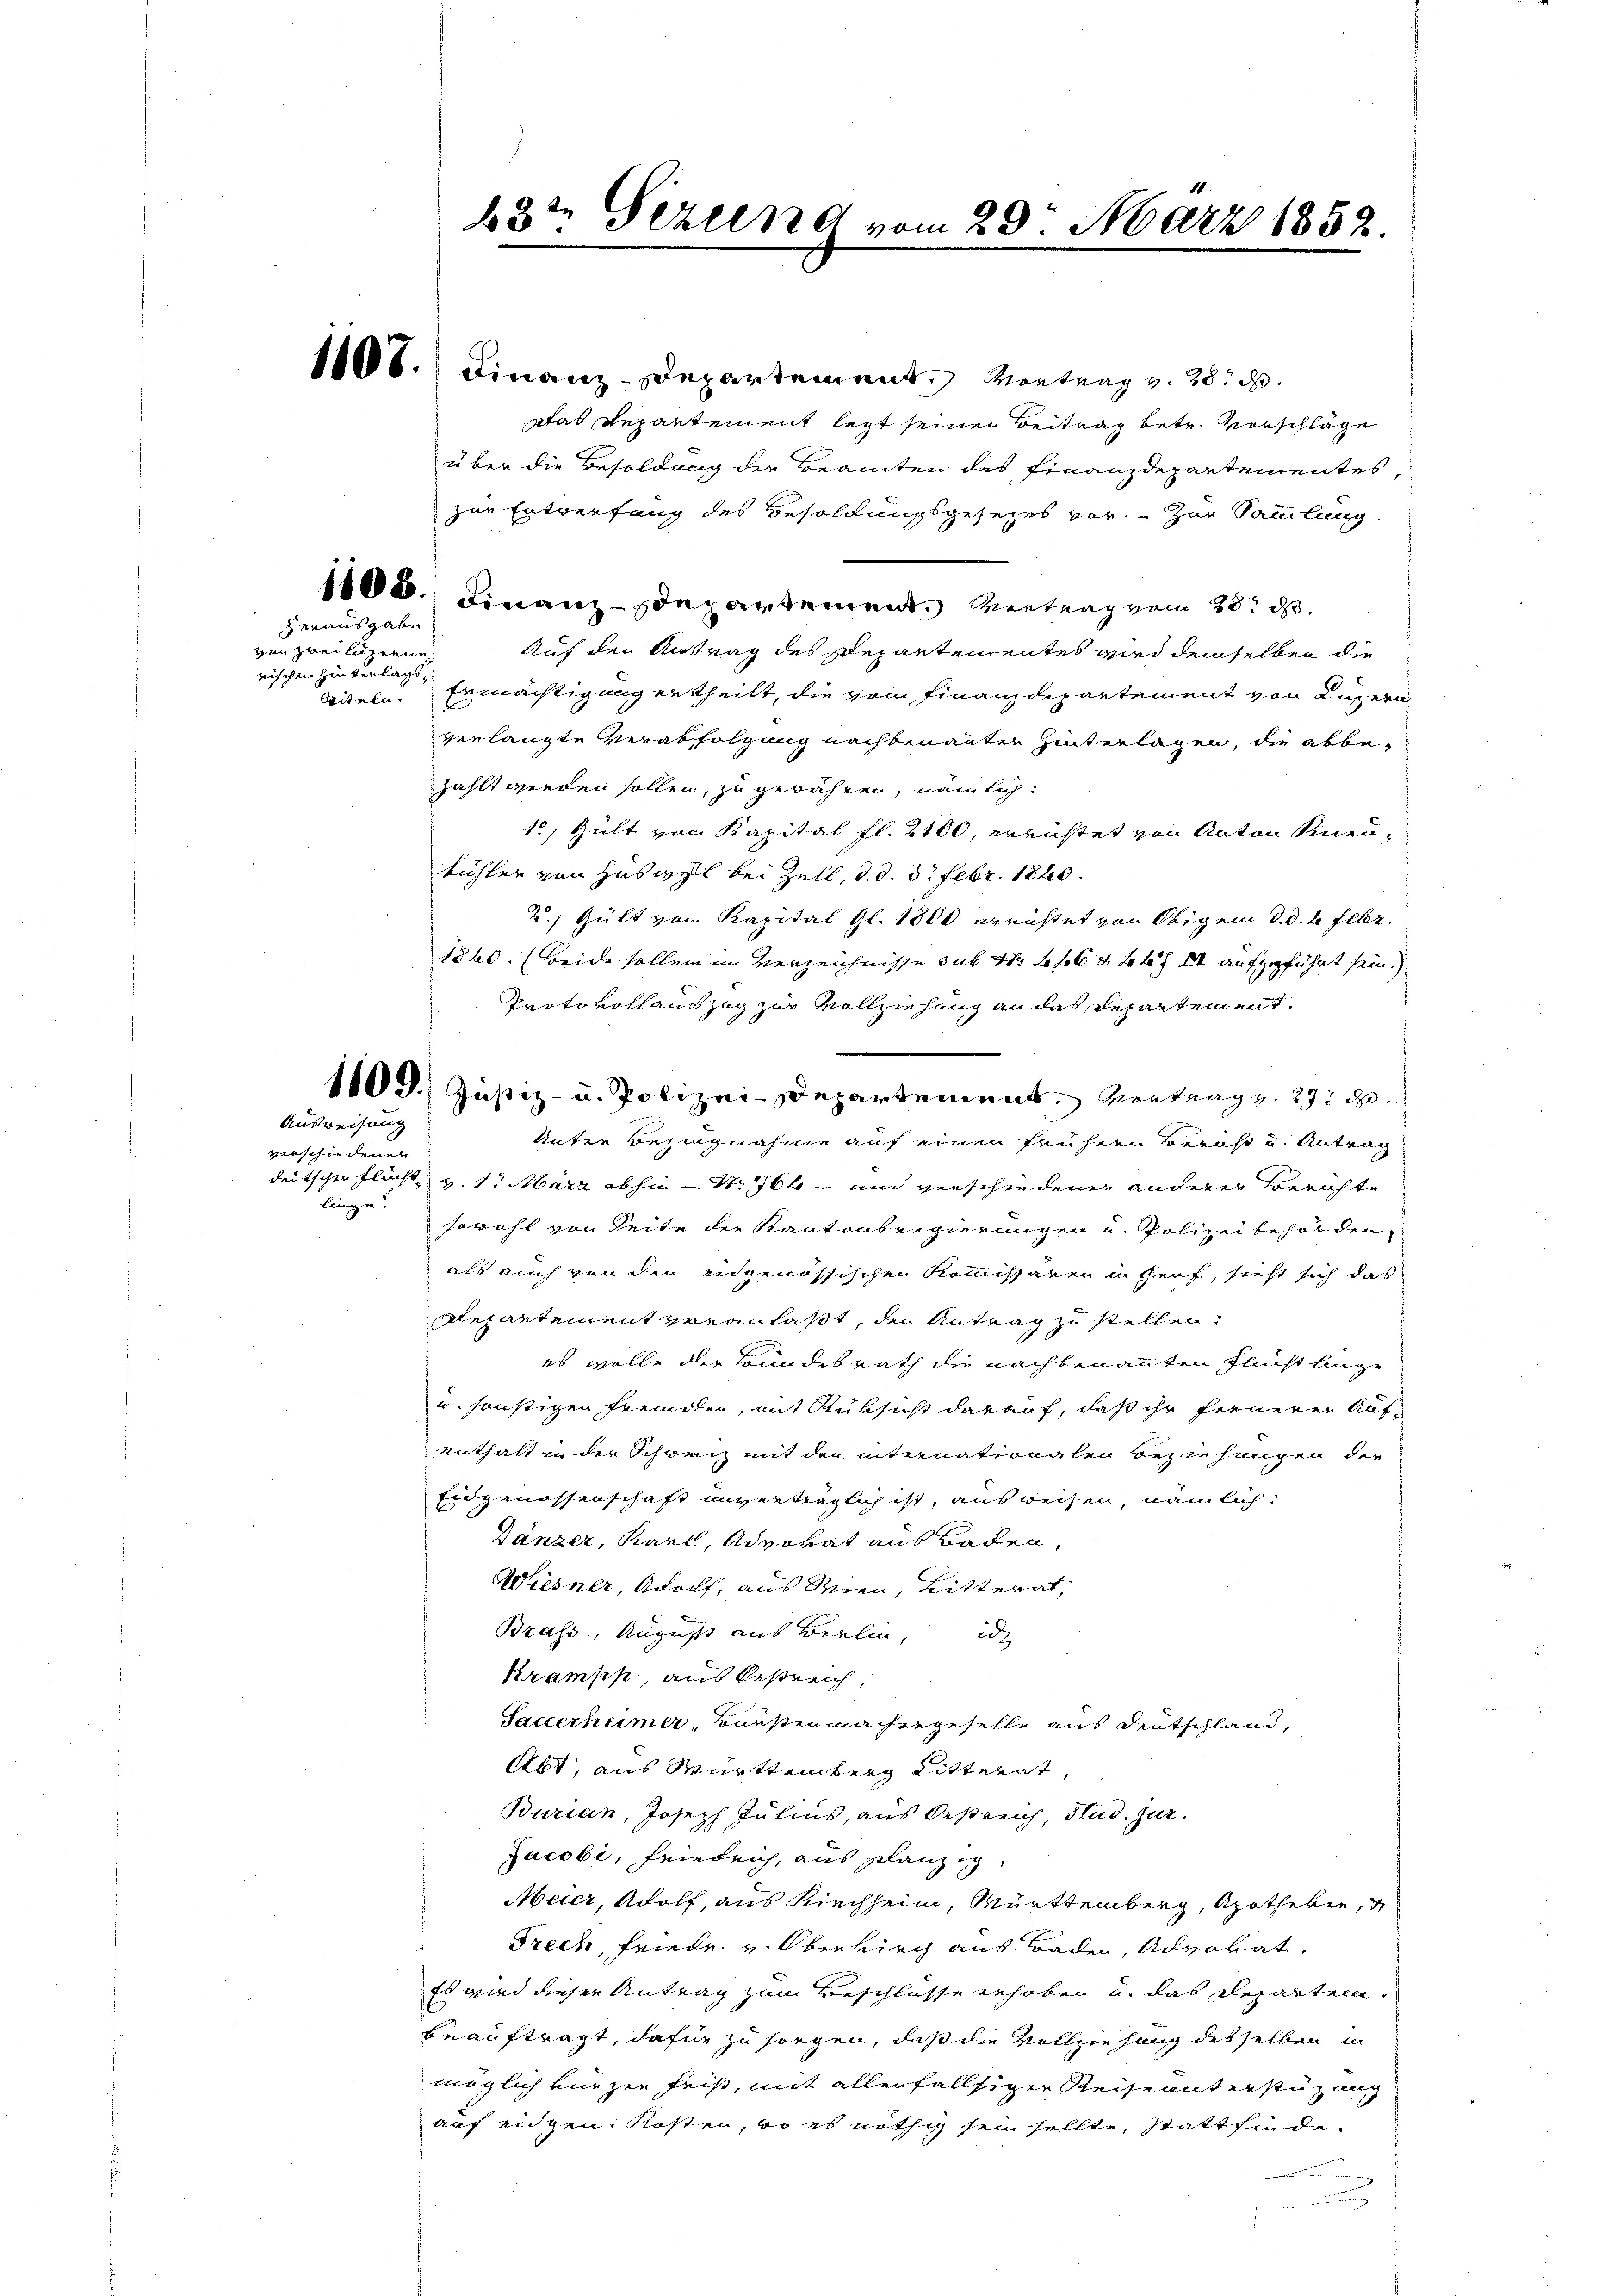
Herausgabe
von zwei Luzerne
rischen Hinterlags¬

Ausweisung
verschiedenen
lingen?

1108.) Finanz-Departement. Vortrag v. 28. d.
stab Repartement legt seinen Beitrag betr. Vorschläge
über die Besoldung der Beamten des Finanzdepartementes,
zur Entverfang des Besoldungsgesezes vor. Zur Sammlung
1100.) Finanz-Departement. Vertrag vom 28t d.
Auf den Antrag des Departementes wird demselben die
Stiteln. Ermächtigung ertheilt, die vom Finanzdepartement von Luzern
verlangte Verabfolgung nachbenannten Hinterlagen, die abbe-
zählt werden sollen, zu gewähren, nämlich:
1, Gült von Kapital fl. 2100, errichtet von Anton Sinnentühler von Huswyl bei Zell, d. d. 3. Febr. 1820.
2. Gült vom Kapital Gl. 1800 erristet von Obigen d. d. 6 febr.
1860. Beide sollen im Verzeichnisse sub N. 266 & 247 II aufgeführt sein.)
Protokoll auszug zur Vollziehung an das Departement.
Unter Bezugnahme auf einen frühern Beruht und Antrag
deutschen Flücht, v. 1. März abhin — S. 76 und verschiedenen anderer Berichte
sowohl von Seite der Kantonsregierungen u. Polizei behörden,
als auch von den eidgenössischen Kommissären in Graf, sieht sich das
Departement veranlaßt, den Antrag zu stellen.
es wolle der Bundesrath die nachbenannten Flucht linge
u. sonstigen fremden, mit Rüksicht darauf, daß ihr fernerer Aufenthalt in der Schweiz mit der internationalen Beziehungen der
Eidgenossenschaft unverträglich ist, ausweisen, nämlich
Dänzer, Karl, Advokat aus Baden,
Wiesner, Adolf, aus Wien, Ritterat,
Brafe, August aus Berlin, d
Kramps, aus bestreich,
Sauerheimer, Hausenmachergeselle aus Deutschland,
Abt, aus Württemberg Ritterat,
Burian, Joseph Julius, aus Oestreich, Stud. jur.
Jacobi, Heinreich, aus planzig,
Meier, Adolf, aus Kirchheim, Württemberg, Apotheben,
Frech, Friede v. Oberkirch aus Baden, Advokat.
Es wird dieser Antrag zum Beschlüsse erhoben u. das Reparten.
beauftragt, dafür zu sorgen, daß die Vollziehung desselben in
möglich kurzen frist, mit allen fallsigen Reise unterstüzung
auf eingen Kosten, wo es nöthig sein sollte, stattfinde
.

43t Serung vom 29. März 1852.

110 d. Justiz- u. Polizei-Departement, Vortrag v. 27. d.